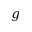
g